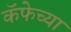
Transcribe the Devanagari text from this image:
कॅफेच्या